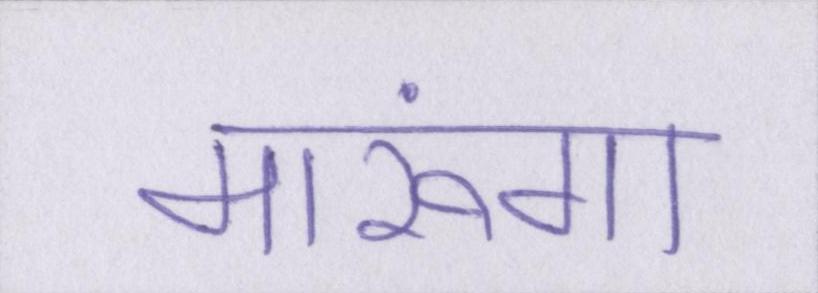
मारूंगा